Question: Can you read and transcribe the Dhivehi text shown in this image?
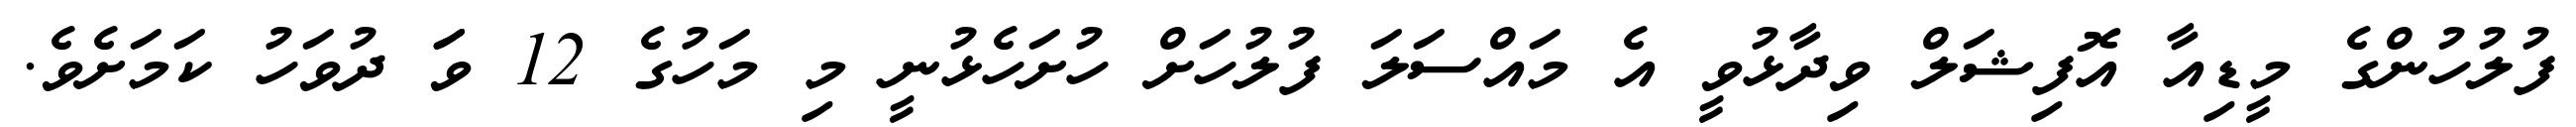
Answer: ފުލުހުންގެ މީޑިއާ އޮފިޝަލް ވިދާޅުވީ އެ މައްސަލަ ފުލުހަށް ހުށަހެޅުނީ މި މަހުގެ 12 ވަަ ދުވަހު ކަމަށެވެ.